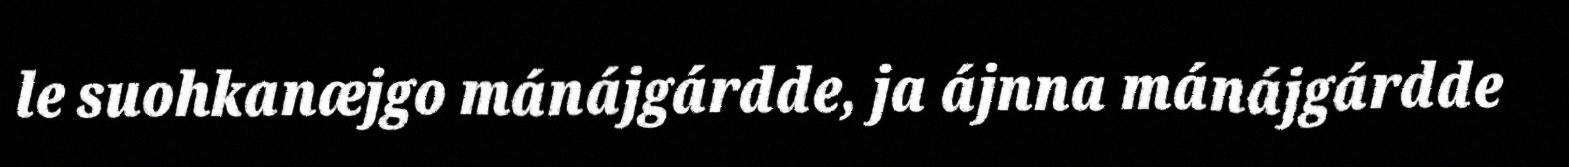
le suohkanæjgo mánájgárdde, ja ájnna mánájgárdde